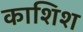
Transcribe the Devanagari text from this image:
काशिश